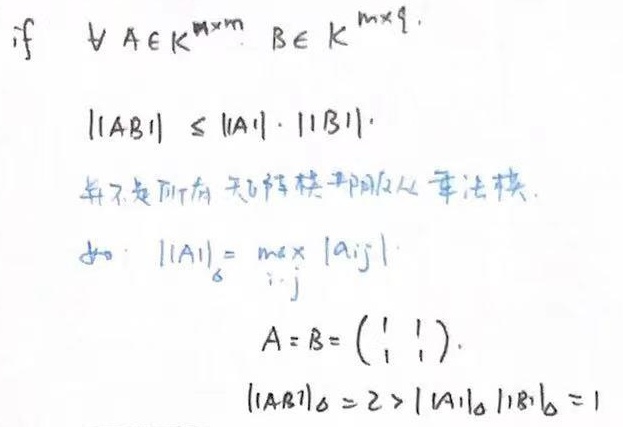
\[
\begin{align*}
&\text{if }\forall A\in K^{m\times m}, B\in K^{m\times q},\\
&\lVert AB\rVert\leq\lVert A\rVert\cdot\lVert B\rVert.\\
&\text{并不是所有矩阵模都服从乘法模.}\\
&\text{如: }\lVert A\rVert_{\delta}=\max_{i,j}|a_{ij}|,\\
&A = B=\begin{pmatrix}1&1\\1&1\end{pmatrix},\\
&\lVert AB\rVert_{\delta}=2>\lVert A\rVert_{\delta}\lVert B\rVert_{\delta}=1
\end{align*}
\]